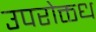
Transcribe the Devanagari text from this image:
उपरोक्तध